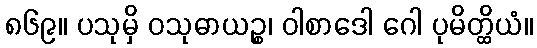
၈၆၉။ ပသုမှိ ဝသုဓာယဉ္စ၊ ဝါစာဒေါ ဂေါ ပုမိတ္ထိယံ။